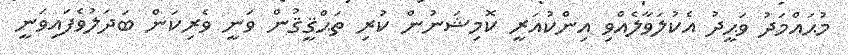
މުޙައްމަދު ވަޙީދު އެކުލަވާލެއްވި އިންކުއަރީ ކޮމިޝަނުން ކުރި ތަޙްޤީޤުން ވަނީ ވެރިކަން ބަދަލުވެފައިވަނީ